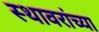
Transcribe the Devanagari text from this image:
स्थावरांच्या